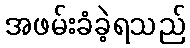
အဖမ်းခံခဲ့ရသည်